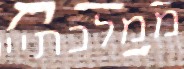
ממלכתיי